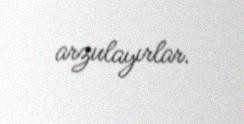
arzulayırlar.